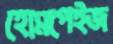
হোমপেইজ